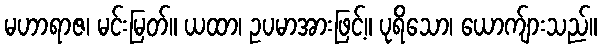
မဟာရာဇ၊ မင်းမြတ်။ ယထာ၊ ဥပမာအားဖြင့်။ ပုရိသော၊ ယောက်ျားသည်။